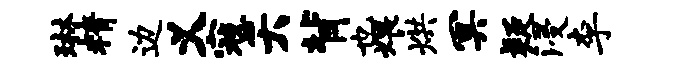
琳精边义寇夭背也煨烘冥疑浸李